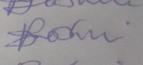
Signature authenticity: forged